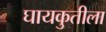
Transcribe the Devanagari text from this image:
घायकुतीला